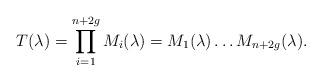
LaTeX: \begin{align*}T(\lambda)=\prod_{i=1}^{n+2g}{M_{i}(\lambda)}=M_{1}(\lambda)\dots M_{n+2g}(\lambda). \end{align*}